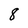
Character: 8